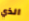
الذي